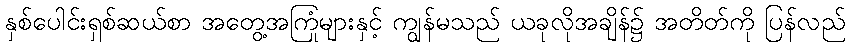
နှစ်ပေါင်းရှစ်ဆယ်စာ အတွေ့အကြုံများနှင့် ကျွန်မသည် ယခုလိုအချိန်၌ အတိတ်ကို ပြန်လည်